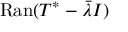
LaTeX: \mathrm { R a n } ( T ^ { * } - { \bar { \lambda } } I )